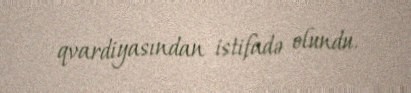
qvardiyasından istifadə olundu.